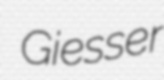
Giesser